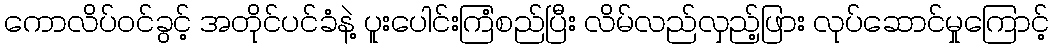
ကောလိပ်၀င်ခွင့် အတိုင်ပင်ခံနဲ့ ပူးပေါင်းကြံစည်ပြီး လိမ်လည်လှည့်ဖြား လုပ်ဆောင်မှုကြောင့်